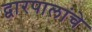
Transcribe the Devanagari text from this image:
द्वारपालांचे